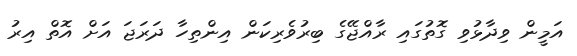
އަމީން ވިދާޅުވި ގޮތުގައި ރާއްޖޭގެ ބިރުވެރިކަން އިންތިހާ ދަރަޖަ އަށް އޮތް އިރު